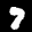
Label: 7